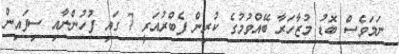
ނަމަވެސް ބޮޑު މުޒާހަރާ ބޭއްވުމުގެ ކުރިން ފެބްރުއަރީ 7 ގައި ފުހުންނާއި ސިފައިން